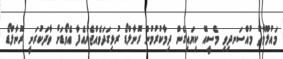
މައުލޫމާތު މުއްސަނދިވި މެސީއޭ ކިޔައިގެން ދިމާކުރުމުން ރޮނާލްޑޯ ރުޅިގަދަވެއްޖެޔުއެފާ އެވޯޑަށް ވާދަކުރަނީ ރޮނާލްޑޯ